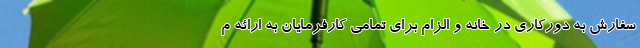
سفارش به دورکاری در خانه و الزام برای تمامی کارفرمایان به ارائه م